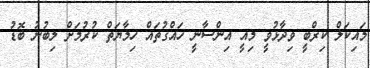
މައިކަލް ކިރްބީ ވިދާޅުވީ މިއީ އިންސާނީ ހައްގުތައް ހިމާޔަތް ކުރުމަށް ލިބުނު ބޮޑު